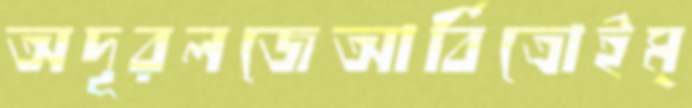
অদূরলজেআর্বিত্রোইম্